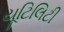
યૂટિલિટી